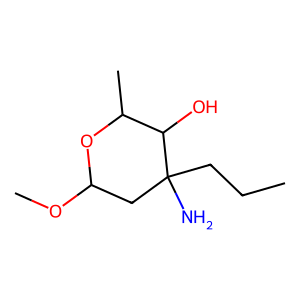
SMILES: CCCC1(N)CC(OC)OC(C)C1O
Inhibits HIV replication: No